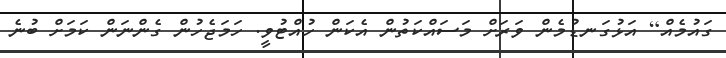
ގައުމެއް] އަޅުގަނޑުމެން ވަރަށް މަސައްކަތުން އެކަން ހުއްޓުވީ. ހަމަޖެހުން ގެންނަން ކަމަށް ބުނެ